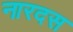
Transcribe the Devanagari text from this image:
नारदस